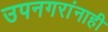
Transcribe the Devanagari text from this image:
उपनगरांनाही